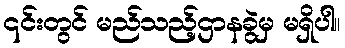
၎င်းတွင် မည်သည့်ဌာနခွဲမှ မရှိပါ။